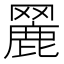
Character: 𦌏